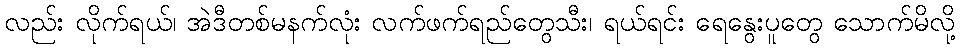
လည်း လိုက်ရယ်၊ အဲဒီတစ်မနက်လုံး လက်ဖက်ရည်တွေသီး၊ ရယ်ရင်း ရေနွေးပူတွေ သောက်မိလို့